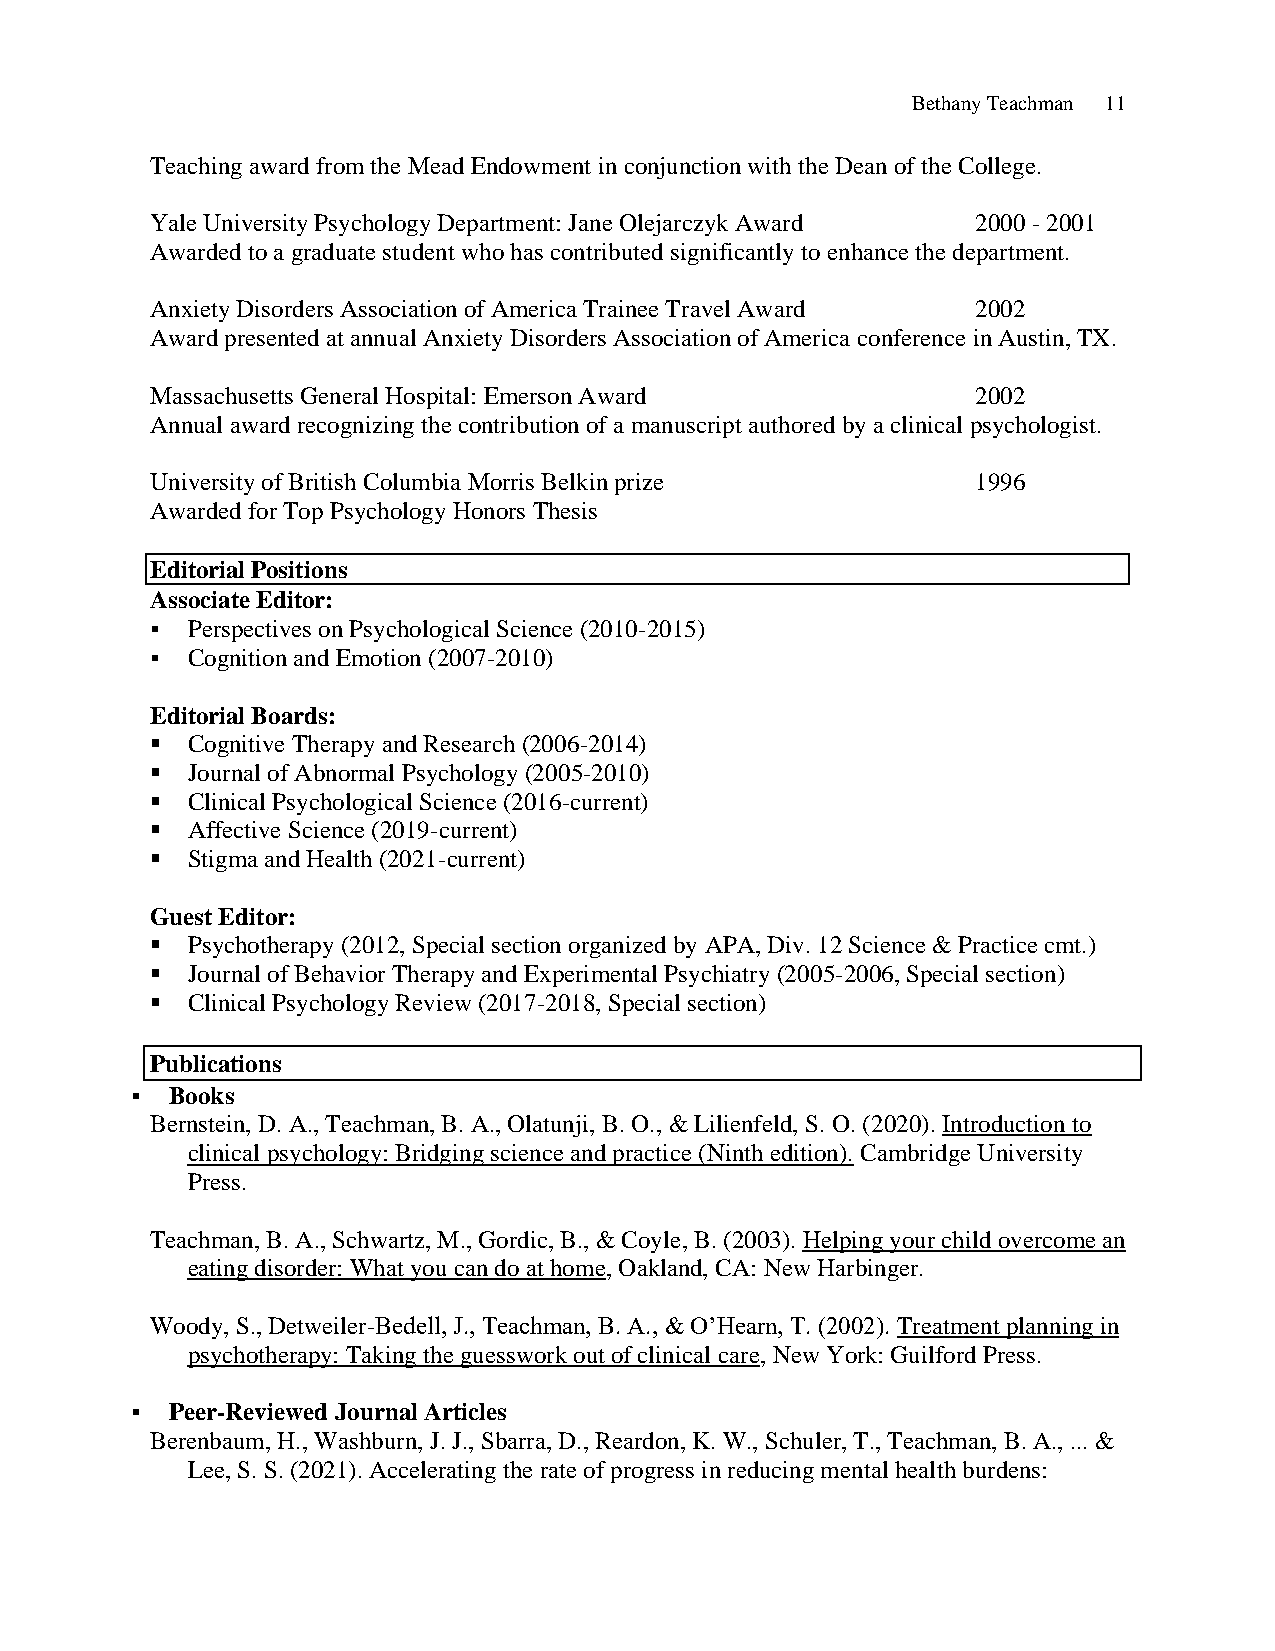
Bethany Teachman 11
 Teaching award from the Mead Endowment in conjunction with the Dean of the College.
 Yale University Psychology Department: Jane Olejarczyk Award 2000 - 2001
 Awarded to a graduate student who has contributed significantly to enhance the department.
 Anxiety Disorders Association of America Trainee Travel Award 2002
 Award presented at annual Anxiety Disorders Association of America conference in Austin, TX.
 Massachusetts General Hospital: Emerson Award          2002
 Annual award recognizing the contribution of a manuscript authored by a clinical psychologist.
 University of British Columbia Morris Belkin prize     1996
 Awarded for Top Psychology Honors Thesis
 Editorial Positions
 Associate Editor:
 ▪ Perspectives on Psychological Science (2010-2015)
 ▪ Cognition and Emotion (2007-2010)
 Editorial Boards:
 ▪ Cognitive Therapy and Research (2006-2014)
 ▪ Journal of Abnormal Psychology (2005-2010)
 ▪ Clinical Psychological Science (2016-current)
 ▪ Affective Science (2019-current)
 ▪ Stigma and Health (2021-current)
 Guest Editor:
 ▪ Psychotherapy (2012, Special section organized by APA, Div. 12 Science & Practice cmt.)
 ▪ Journal of Behavior Therapy and Experimental Psychiatry (2005-2006, Special section)
 ▪ Clinical Psychology Review (2017-2018, Special section)
 Publications
 ▪ Books
 Bernstein, D. A., Teachman, B. A., Olatunji, B. O., & Lilienfeld, S. O. (2020). Introduction to
 clinical psychology: Bridging science and practice (Ninth edition). Cambridge University
 Press.
 Teachman, B. A., Schwartz, M., Gordic, B., & Coyle, B. (2003). Helping your child overcome an
 eating disorder: What you can do at home, Oakland, CA: New Harbinger.
 Woody, S., Detweiler-Bedell, J., Teachman, B. A., & O’Hearn, T. (2002). Treatment planning in
 psychotherapy: Taking the guesswork out of clinical care, New York: Guilford Press.
 ▪ Peer-Reviewed Journal Articles
 Berenbaum, H., Washburn, J. J., Sbarra, D., Reardon, K. W., Schuler, T., Teachman, B. A., ... &
 Lee, S. S. (2021). Accelerating the rate of progress in reducing mental health burdens: